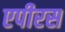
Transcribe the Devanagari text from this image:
एपीरस